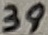
Text: 39